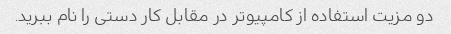
دو مزیت استفاده از کامپیوتر در مقابل کار دستی را نام ببرید.